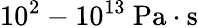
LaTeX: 10^{2}-10^{13}\ \mathrm{Pa\cdot s}